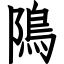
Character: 隝